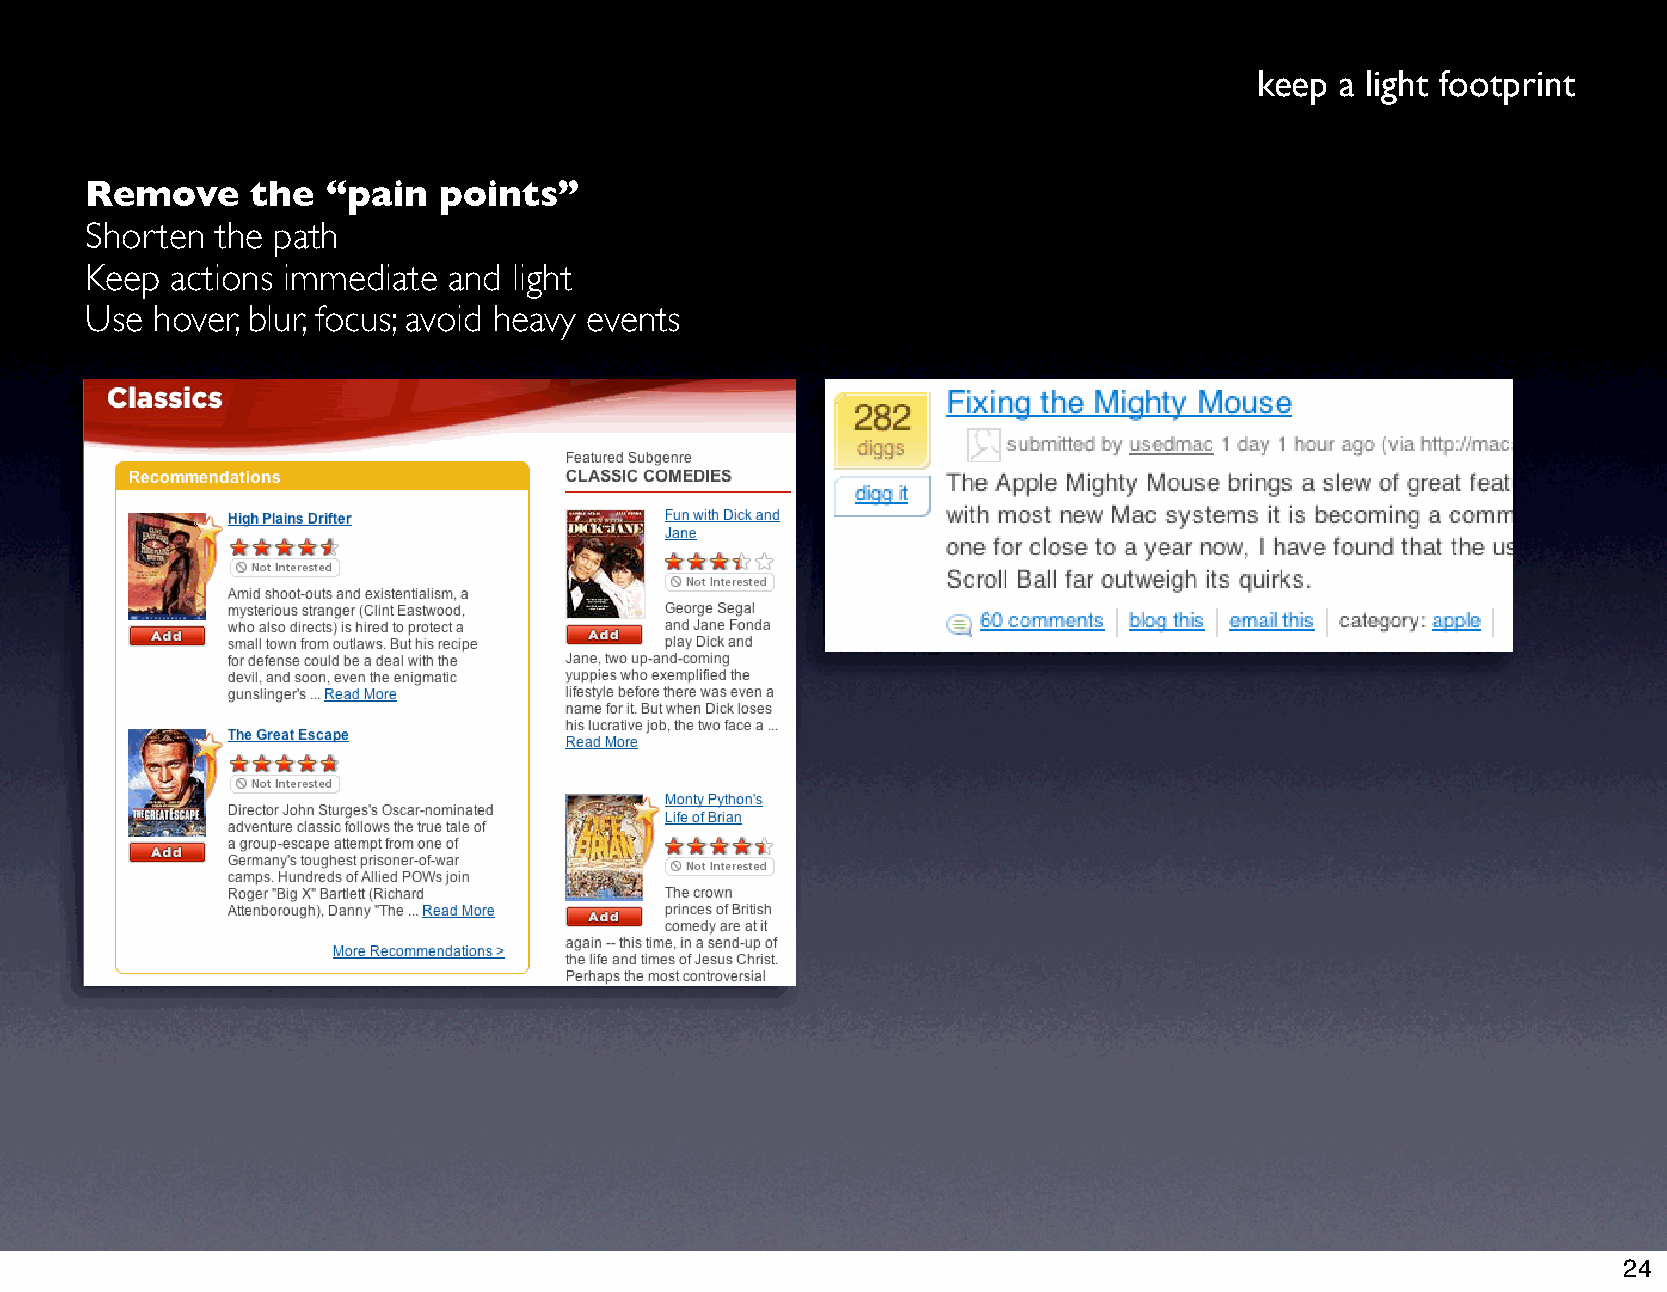
keep  a light footprint
 Remove     the  “pain  points”
 Shorten the path
 Keep actions immediate  and light
 Use hover, blur, focus; avoid heavy events
 24